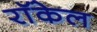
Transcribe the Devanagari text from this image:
राॅकेल